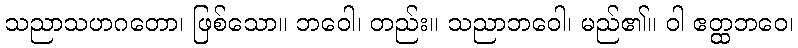
သညာသဟဂတော၊ ဖြစ်သော။ ဘဝေါ၊ တည်း။ သညာဘဝေါ၊ မည်၏။ ဝါ ဧတ္ထဘဝေ၊